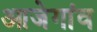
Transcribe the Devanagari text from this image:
आजेगांव